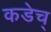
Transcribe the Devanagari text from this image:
कडेच्